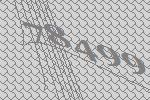
78499